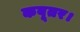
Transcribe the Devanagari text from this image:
कबूतर।